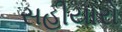
સહીયારો